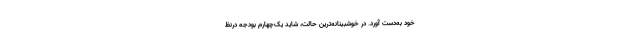
خود به‌دست آورد. در خوشبینانه‌ترین حالت، شاید یک‌چهارم بودجه درنظ